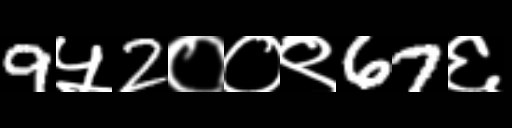
Text: 9५2००९67६